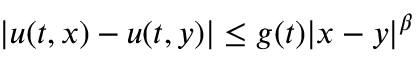
| u ( t , x ) - u ( t , y ) | \leq g ( t ) | x - y | ^ { \beta }